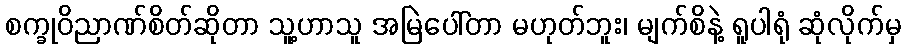
စက္ခုဝိညာဏ်စိတ်ဆိုတာ သူ့ဟာသူ အမြဲပေါ်တာ မဟုတ်ဘူး၊ မျက်စိနဲ့ ရူပါရုံ ဆုံလိုက်မှ